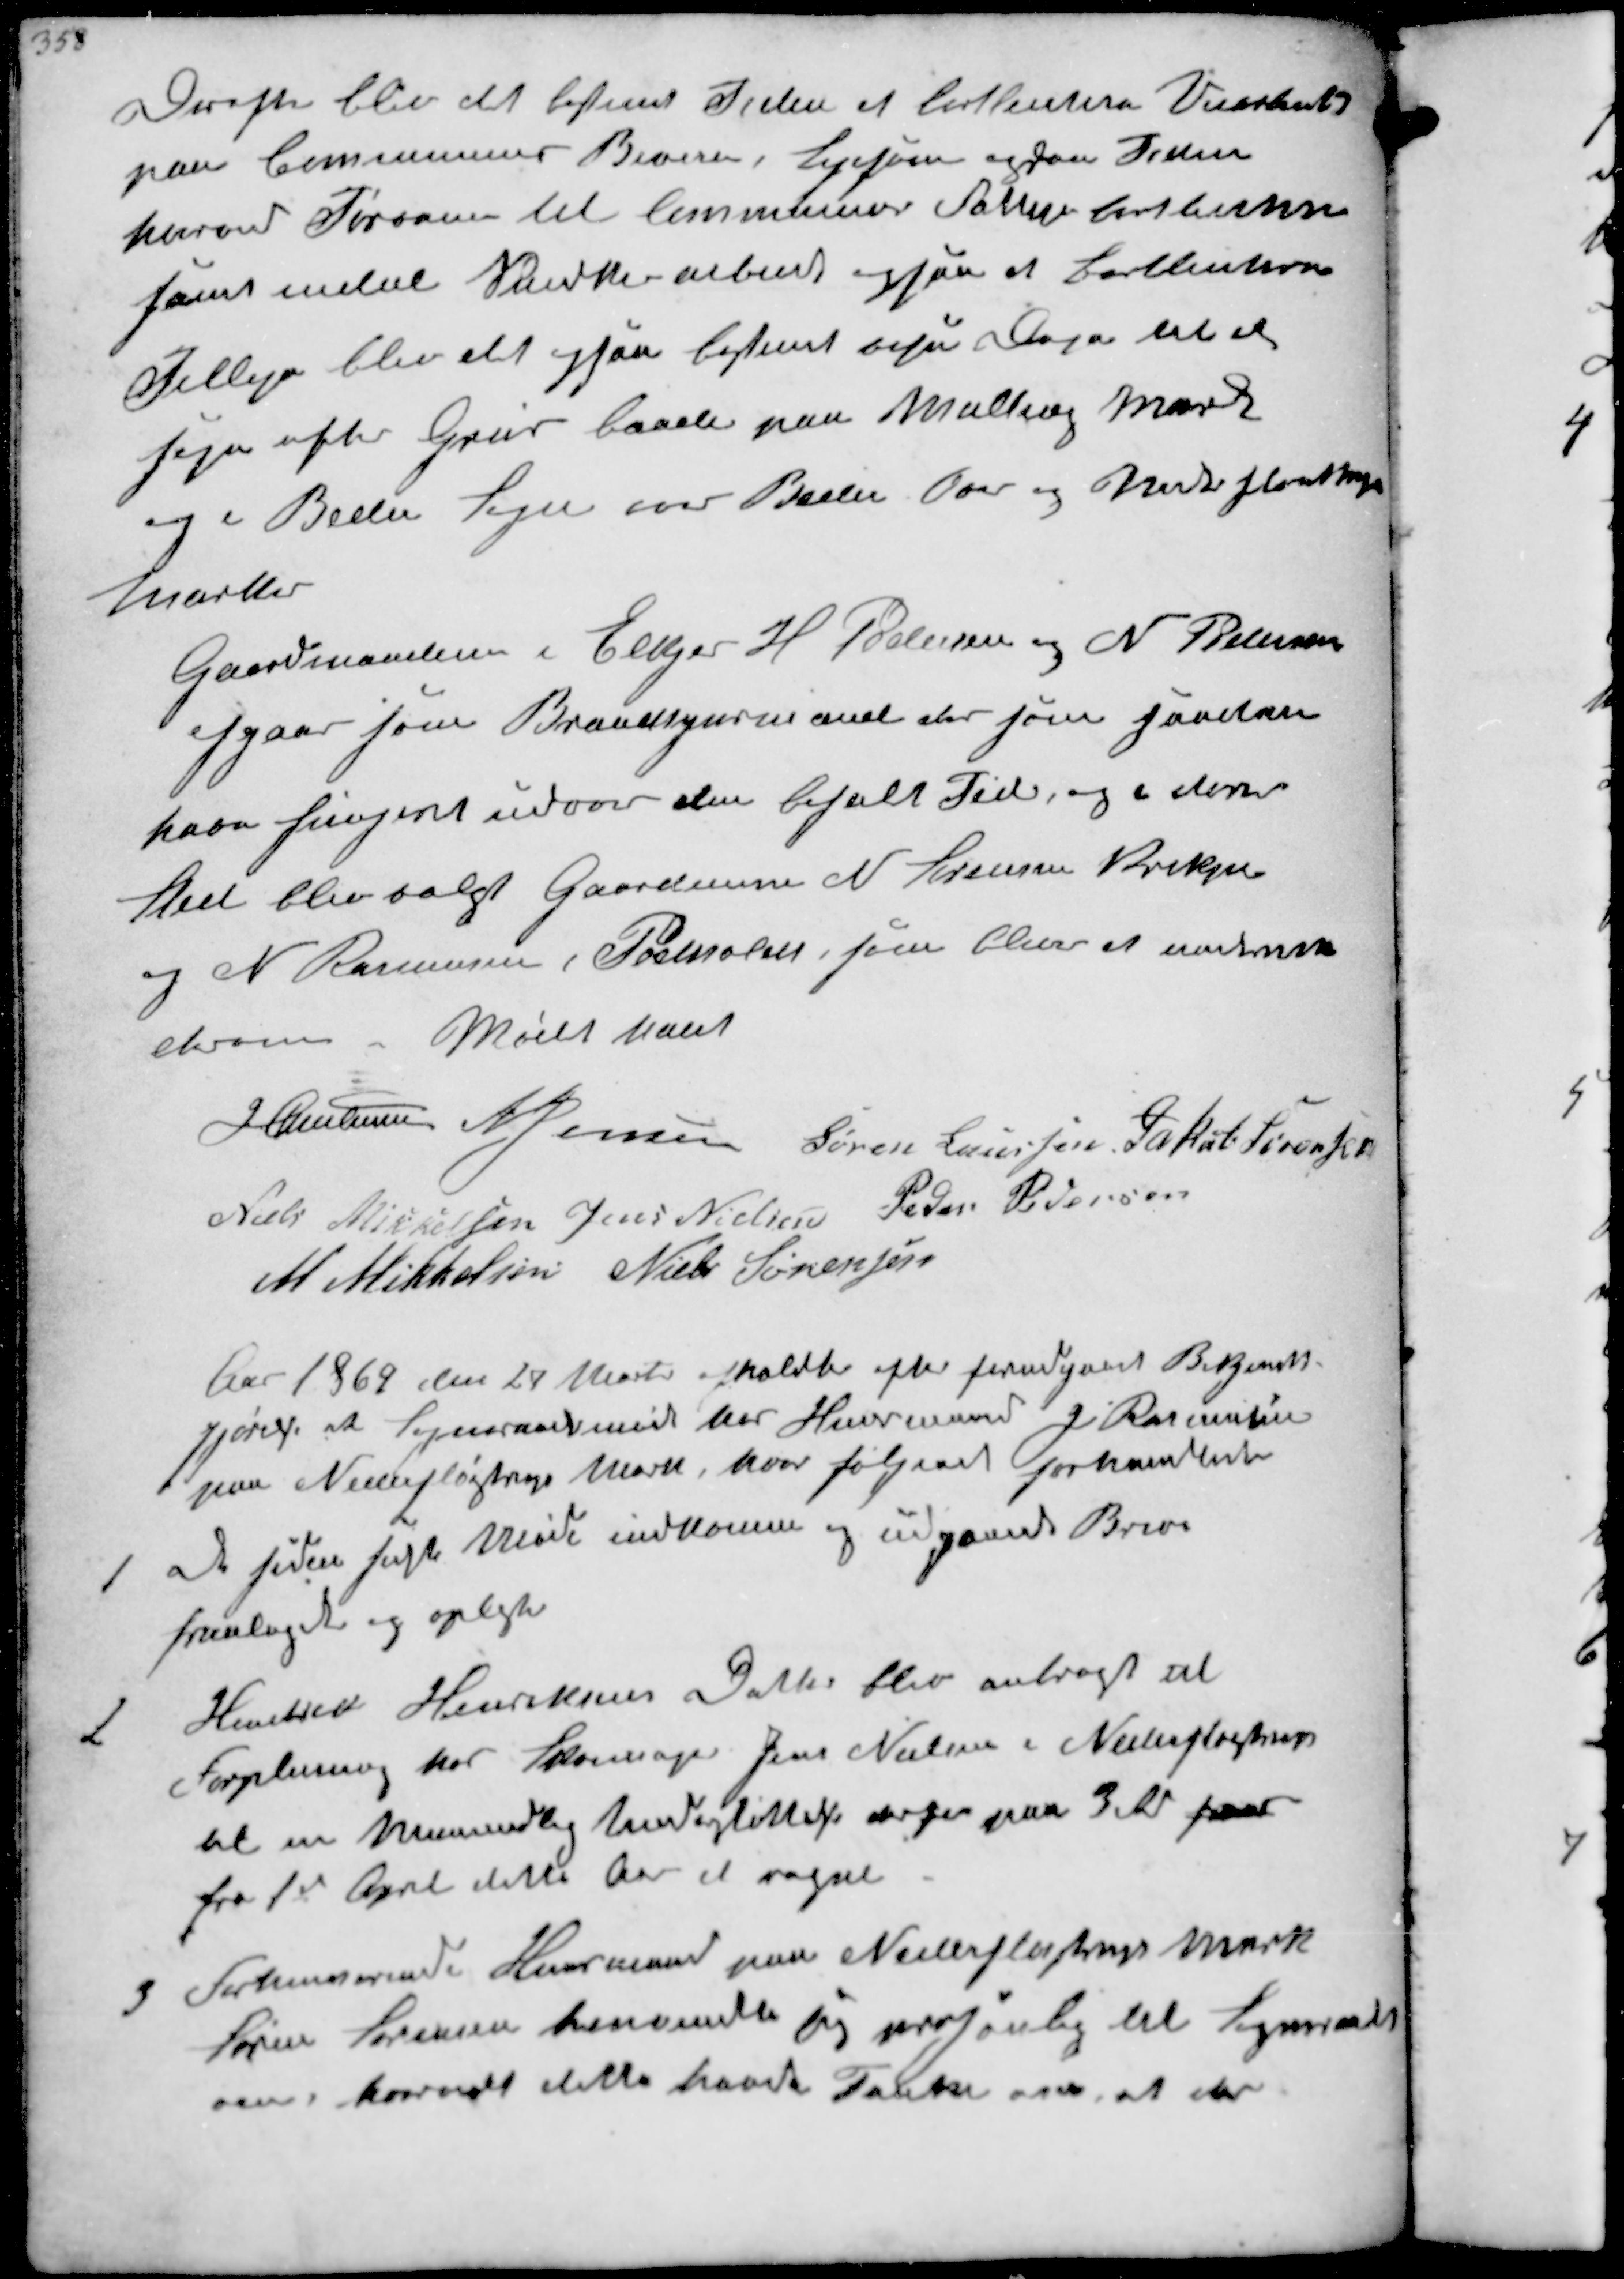
Transskription:
Derefter blev det bestemt Tiden at bortlicitere  
paa Communens Biveje, ligesom ogsaa Tiden
herved Tørvene til Communens Fattige Kirke
ham indtil Snedke arbeide ogsaa at bortliciteres
Tillige blev det ogsaa bestemt  Dage til at
søge efter Grus baade paa Malling Mark
og i Beder Sogn ved Beder  og Neder Fløjstrup
Mark

Gaardmændene i Elkjær H Pedersen og N. Pedersen
afgaar som Brandsynsmænd der som saadan
have fungeret udover den befalt Tid, og i deres
Sted blev valgt Gaardeier N. Sørensen Krekjer
og N Rasmussen, Pedholdt som blive et  
  Mødet hævet
J Christensen N Jensen Søren Laursen Jakob Sørensen
Niels Mikkelsen Jens Nielsen Peder Pedersen
M. Mikkelsen Niels Sørensen

Aar 1869 den 24 Marts afholdtes efter forudgaaet Bekjendt-
gjørelse at Sogneraadsmøde hos Huusmand J Rasmussen
paa Nederfløjstrup Mark, hvor følgende forhandledes
1
de siden sidste Møde indkomne og udgaaede Breve
fremlagt og oplæst
2
 Henriksens Datter blev anbragt til
Forplejning hos Skomager Jens Nielsen i Nederfløistrup
til en Maanedlig Understøttelse derfor paa 3 Rd frar
fra 1ste April dette Aar at regne.
3
Forhenværende Huusmand paa Nederfløjstrup Mark
Søren Sørensen henvendte sig personlig til Sogneraadet
over hvorvidt dette havde Tanker over at der